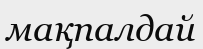
мақпалдай